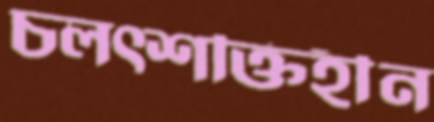
চলত্শক্তিহীন